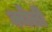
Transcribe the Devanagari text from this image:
क्येली